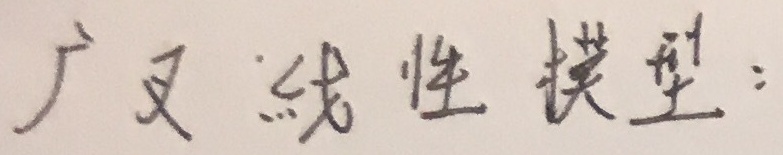
广义线性模型：